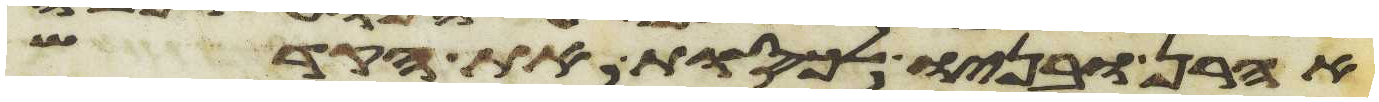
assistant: אהרן ובניו לכסות את הקדש